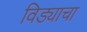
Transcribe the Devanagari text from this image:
विड्याचा